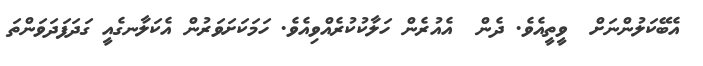
އެބޭކަލުންނަށް  ވީތީއެވެ. ދެން  އެއުރެން ހަލާކުކުރެއްވިއެވެ. ހަމަކަށަވަރުން އެކަލާނގެއީ ގަދަފަދަވަންތަ